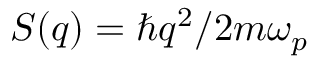
S ( q ) = \hbar q ^ { 2 } / 2 m \omega _ { p }